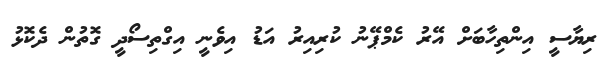
ރިޔާސީ އިންތިހާބަށް އޭރު ކެމްޕޭނު ކުރިއިރު އަޑު އިވެނީ އިގްތިސޯދީ ގޮތުން ދެކޮޅު